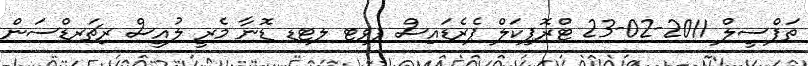
ތަފްސީލް 2011-02-23 ޓްރޮޕިކަލް ޕެރެޑައިސް ޕވޓ ލޓޑ ޑޮނާ މެރީ ލުއީސް ރިޗަރޑްސަން